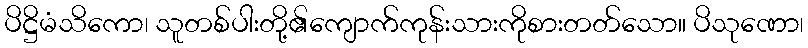
ပိဋ္ဌိမံသိကော၊ သူတစ်ပါးတို့၏ကျောက်ကုန်းသားကိုစားတတ်သော။ ပိသုဏော၊